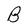
Character: B